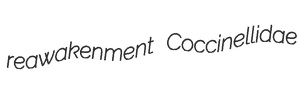
reawakenment Coccinellidae